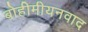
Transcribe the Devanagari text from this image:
बोहीमीयनवाद